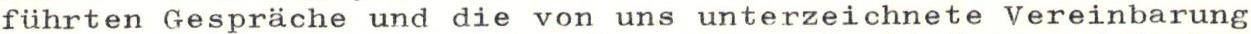
führten Gespräche und die von uns unterzeichnete Vereinbarung